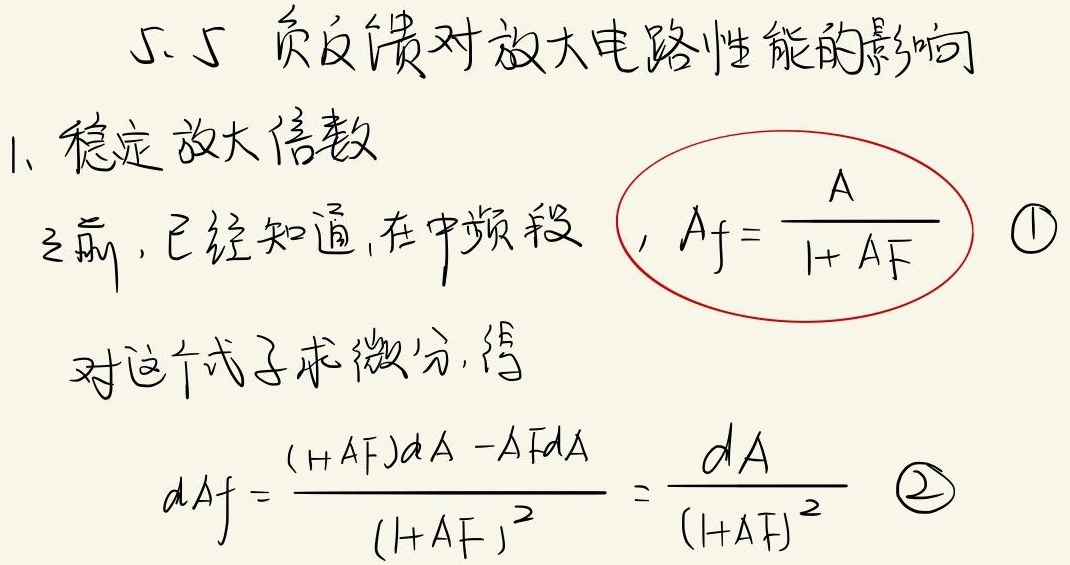
5.5 负反馈对放大电路性能的影响
1、稳定放大倍数
之前，已经知道，在中频段，$A_{f}=\frac{A}{1 + AF}$ \textcircled{1}
对这个式子求微分，得$dA_{f}=\frac{(1 + AF)dA - AFdA}{(1 + AF)^{2}}=\frac{dA}{(1 + AF)^{2}}$ \textcircled{2}